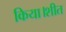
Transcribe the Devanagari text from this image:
किया।शीत